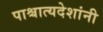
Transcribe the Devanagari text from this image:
पाश्चात्यदेशांनी